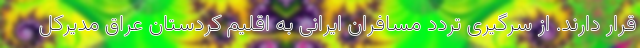
قرار دارند. از سرگیری تردد مسافران ایرانی به اقلیم کردستان عراق مدیرکل